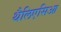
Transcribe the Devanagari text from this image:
थैलिएसिआ